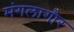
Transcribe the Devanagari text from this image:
मंगलागौर